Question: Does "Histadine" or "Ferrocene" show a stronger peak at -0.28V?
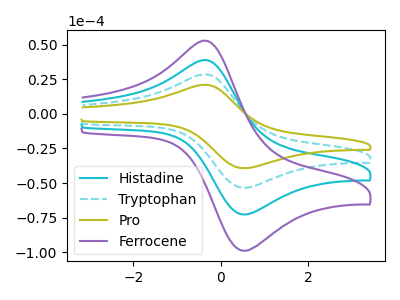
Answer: <think>The cyan curve "Histadine" has an anodic peak at (-0.30V, 56.45uA) and a cathodic peak at (0.60V, -106.80uA). The cyan dashed curve "Tryptophan" has an anodic peak at (-0.30V, 28.25uA) and a cathodic peak at (0.60V, -53.40uA). The olive curve "Pro" has an anodic peak at (-0.30V, 20.75uA) and a cathodic peak at (0.60V, -39.25uA). The purple curve "Ferrocene" has an anodic peak at (-0.30V, 84.70uA) and a cathodic peak at (0.60V, -160.20uA).</think>
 <answer>The peak at -0.28V is lower in "Histadine" than in "Ferrocene".</answer>
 <eval>lower</eval>